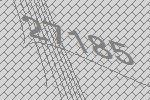
27185